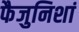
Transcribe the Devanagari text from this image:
फैजुनिशां